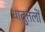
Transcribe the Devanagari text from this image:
धातुतलों